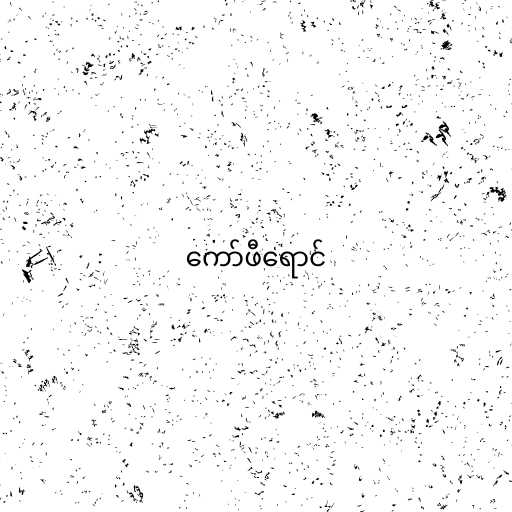
ကော်ဖီရောင်